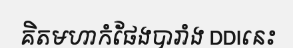
គិតមហាកំផែងបារាំង DDIនេះ